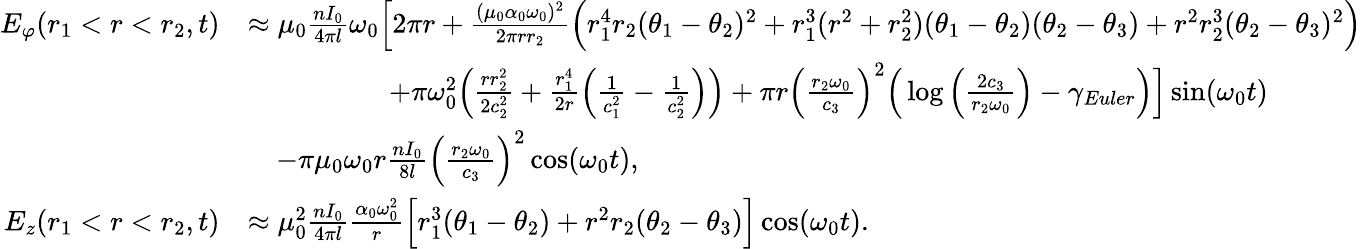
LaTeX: \begin{array}{rl}{E_{\varphi}(r_{1}<r<r_{2},t)}&{\approx\mu_{0}\frac{nI_{0}}{4\pi l}\omega_{0}\Big[2\pi r+\frac{(\mu_{0}\alpha_{0}\omega_{0})^{2}}{2\pi rr_{2}}\Big(r_{1}^{4}r_{2}(\theta_{1}-\theta_{2})^{2}+r_{1}^{3}(r^{2}+r_{2}^{2})(\theta_{1}-\theta_{2})(\theta_{2}-\theta_{3})+r^{2}r_{2}^{3}(\theta_{2}-\theta_{3})^{2}\Big)}\\ &{\qquad\qquad\quad+\pi\omega_{0}^{2}\Big(\frac{rr_{2}^{2}}{2c_{2}^{2}}+\frac{r_{1}^{4}}{2r}\Big(\frac{1}{c_{1}^{2}}-\frac{1}{c_{2}^{2}}\Big)\Big)+\pi r\Big(\frac{r_{2}\omega_{0}}{c_{3}}\Big)^{2}\Big(\log\Big(\frac{2c_{3}}{r_{2}\omega_{0}}\Big)-\gamma_{Euler}\Big)\Big]\sin(\omega_{0}t)}\\ &{\quad-\pi\mu_{0}\omega_{0}r\frac{nI_{0}}{8l}\Big(\frac{r_{2}\omega_{0}}{c_{3}}\Big)^{2}\cos(\omega_{0}t),}\\ {E_{z}(r_{1}<r<r_{2},t)}&{\approx\mu_{0}^{2}\frac{nI_{0}}{4\pi l}\frac{\alpha_{0}\omega_{0}^{2}}{r}\Big[r_{1}^{3}(\theta_{1}-\theta_{2})+r^{2}r_{2}(\theta_{2}-\theta_{3})\Big]\cos(\omega_{0}t).}\end{array}